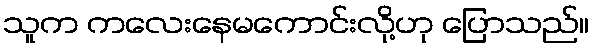
သူက ကလေးနေမကောင်းလို့ဟု ပြောသည်။